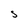
Character: s